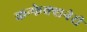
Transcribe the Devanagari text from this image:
कन्फेक्शनेरी